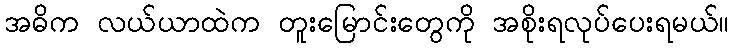
အဓိက လယ်ယာထဲက တူးမြောင်းတွေကို အစိုးရလုပ်ပေးရမယ်။